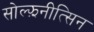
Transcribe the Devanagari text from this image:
सोल्झ़नीत्सिन